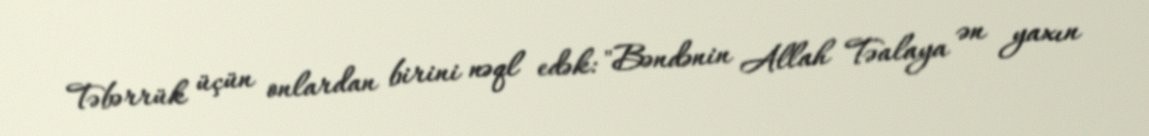
Təbərrük üçün onlardan birini nəql edək: "Bəndənin Allah Təalaya ən yaxın